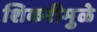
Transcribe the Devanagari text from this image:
शिकरीमुळे